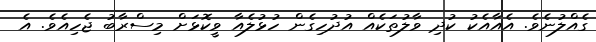
ގެއްލުނެވެ. އެއާއެކު ކުދި ވާލުތަކެއް އުދުހިގެން ހުޅުލެއާ ވީކޮޅަށް މިސްރާބު ޖެހިއެވެ. އެ